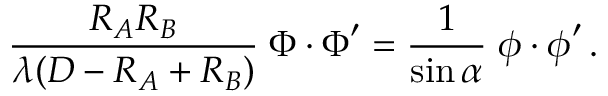
{ \frac { R _ { A } R _ { B } } { \lambda ( D - R _ { A } + R _ { B } ) } } \; \boldsymbol \Phi \boldsymbol \cdot \boldsymbol \Phi ^ { \prime } = { \frac { 1 } { \sin \alpha } } \; \boldsymbol \phi \boldsymbol \cdot \boldsymbol \phi ^ { \prime } \, .